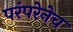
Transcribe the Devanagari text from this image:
परंपरेनेच